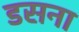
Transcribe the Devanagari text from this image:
डसना